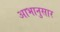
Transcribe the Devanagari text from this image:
आभानुसार